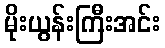
မိုးယွန်းကြီးအင်း